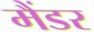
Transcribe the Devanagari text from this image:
मैंडर